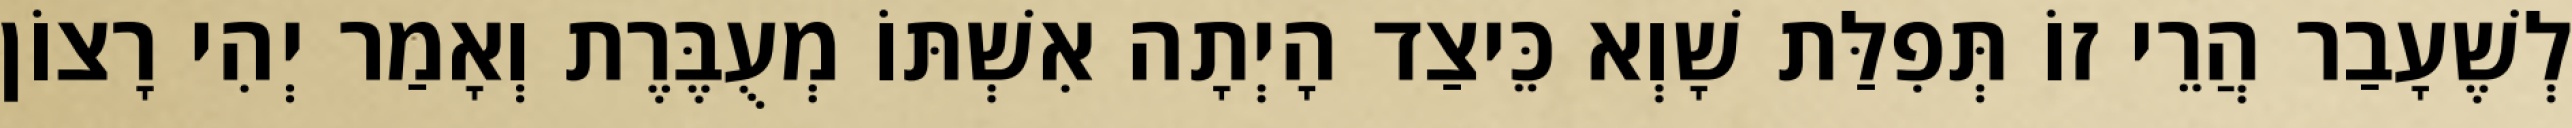
לְשֶׁעָבַר הֲרֵי זוֹ תְּפִלַּת שָׁוְא כֵּיצַד הָיְתָה אִשְׁתּוֹ מְעֻבֶּרֶת וְאָמַר יְהִי רָצוֹן